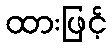
ထားဖြင့်